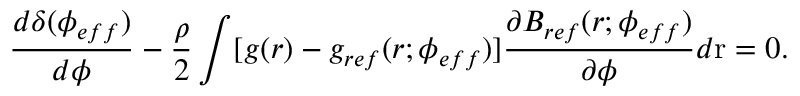
\frac { d \delta ( \phi _ { e f f } ) } { d \phi } - \frac { \rho } { 2 } \int [ g ( r ) - g _ { r e f } ( r ; \phi _ { e f f } ) ] \frac { \partial B _ { r e f } ( r ; \phi _ { e f f } ) } { \partial \phi } d \mathrm { r } = 0 .